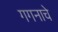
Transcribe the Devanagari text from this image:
गगनाचे